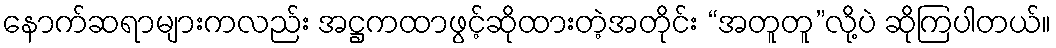
နောက်ဆရာများကလည်း အဋ္ဌကထာဖွင့်ဆိုထားတဲ့အတိုင်း “အတူတူ”လို့ပဲ ဆိုကြပါတယ်။